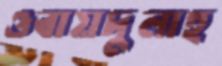
ওবায়দুলাহ